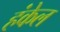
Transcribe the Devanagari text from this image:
हंकेल